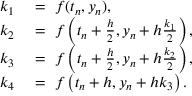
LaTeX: \begin{array} { r l } { k _ { 1 } } & { { } = \ f ( t _ { n } , y _ { n } ) , } \\ { k _ { 2 } } & { { } = \ f \left( t _ { n } + { \frac { h } { 2 } } , y _ { n } + h { \frac { k _ { 1 } } { 2 } } \right) , } \\ { k _ { 3 } } & { { } = \ f \left( t _ { n } + { \frac { h } { 2 } } , y _ { n } + h { \frac { k _ { 2 } } { 2 } } \right) , } \\ { k _ { 4 } } & { { } = \ f \left( t _ { n } + h , y _ { n } + h k _ { 3 } \right) . } \end{array}